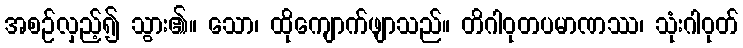
အစဉ်လှည့်၍ သွား၏။ သော၊ ထိုကျောက်ဖျာသည်။ တိဂါဝုတပမာဏဿ၊ သုံးဂါဝုတ်